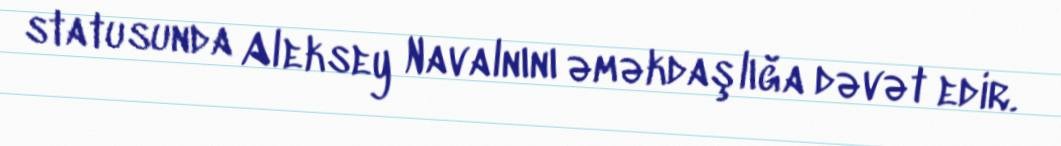
statusunda Aleksey Navalnını əməkdaşlığa dəvət edir.